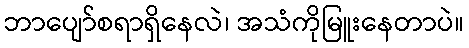
ဘာပျော်စရာရှိနေလဲ၊ အသံကိုမြူးနေတာပဲ။